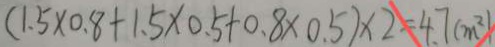
( 1 . 5 \times 0 . 8 + 1 . 5 \times 0 . 5 + 0 . 8 \times 0 . 5 ) \times 2 = 4 . 7 ( m ^ { 2 } )